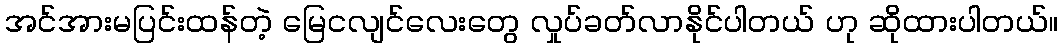
အင်အားမပြင်းထန်တဲ့ မြေငလျင်လေးတွေ လှုပ်ခတ်လာနိုင်ပါတယ် ဟု ဆိုထားပါတယ်။